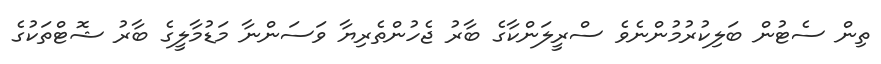
ތިން ސެޓުން ބަލިކުރުމުންނެވެ ސްރީލަންކާގެ ބާރު ޖެހުންތެރިޔާ ވަސަންނާ މަޑުމާލީގެ ބާރު ޝޮޓްތަކުގެ